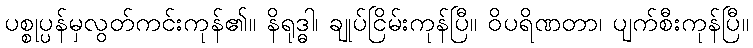
ပစ္စုပ္ပန်မှလွတ်ကင်းကုန်၏။ နိရုဒ္ဓါ၊ ချုပ်ငြိမ်းကုန်ပြီ။ ဝိပရိဏတာ၊ ပျက်စီးကုန်ပြီ။